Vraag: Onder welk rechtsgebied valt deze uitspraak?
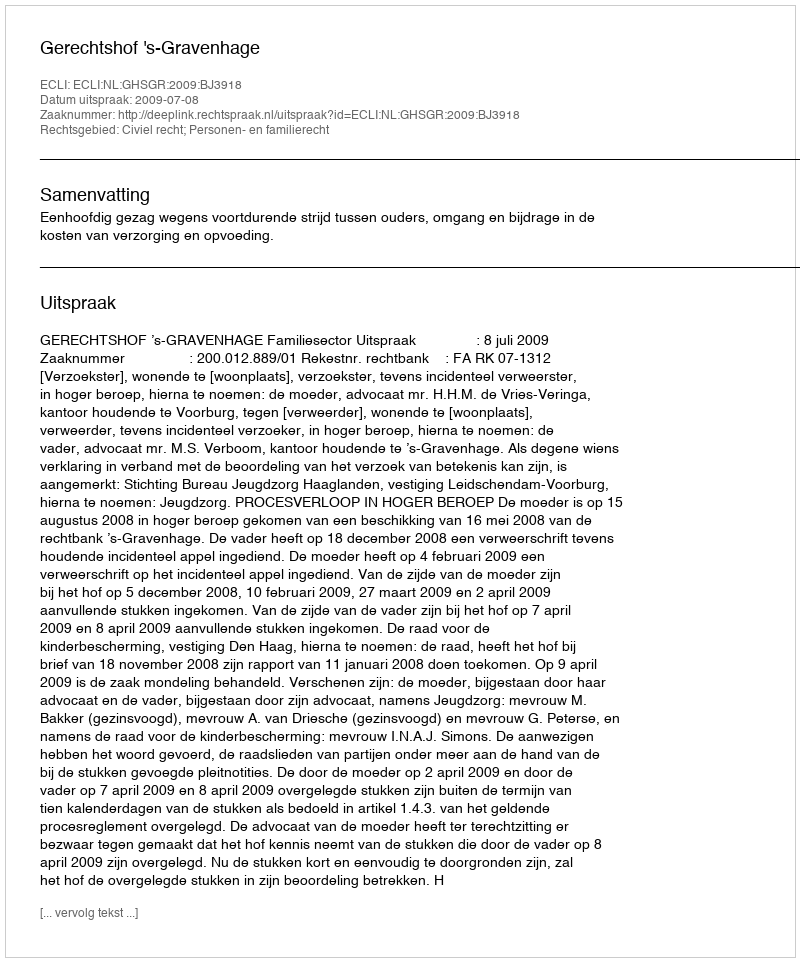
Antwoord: Civiel recht; Personen- en familierecht